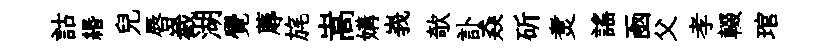
詁緡兒唇嶻湖覺蓐旄嵩媾峩欹訃猋斫煑謡凾父孝輟琯